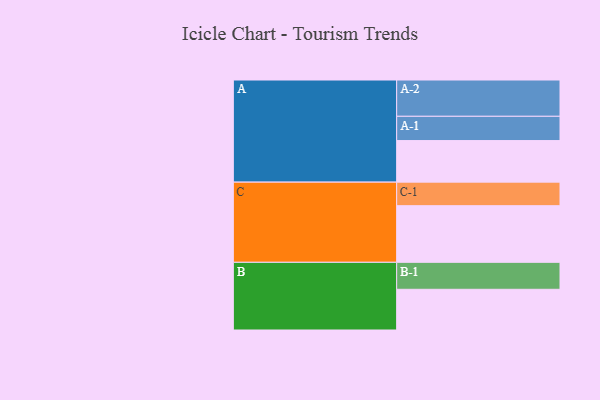
{"axis": {"x": "Segment", "y": "Value"}, "legend": ["", "A", "B", "C"], "data": [{"x": "A", "y": 339, "type": ""}, {"x": "B", "y": 332, "type": ""}, {"x": "C", "y": 462, "type": ""}, {"x": "A-1", "y": 198, "type": "A"}, {"x": "A-2", "y": 296, "type": "A"}, {"x": "B-1", "y": 220, "type": "B"}, {"x": "C-1", "y": 192, "type": "C"}]}